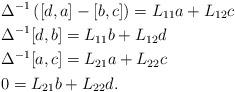
LaTeX: \begin{align*}&\Delta^{-1}\left([d,a]-[b,c]\right)=L_{11}a+L_{12}c \\&\Delta^{-1}[d,b]=L_{11}b+L_{12}d \\&\Delta^{-1}[a,c]=L_{21}a+L_{22}c \\&0=L_{21}b+L_{22}d .\end{align*}